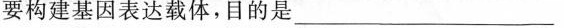
要构建基因表达载体，目的是___